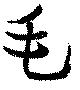
毛